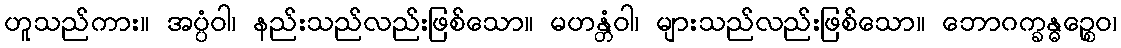
ဟူသည်ကား။ အပ္ပံဝါ၊ နည်းသည်လည်းဖြစ်သော။ မဟန္တံဝါ၊ များသည်လည်းဖြစ်သော။ ဘောဂက္ခန္ဓဉ္စေဝ၊